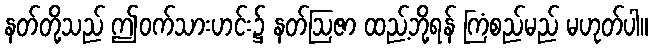
နတ်တို့သည် ဤဝက်သားဟင်း၌ နတ်ဩဇာ ထည့်ဘို့ရန် ကြံစည်မည် မဟုတ်ပါ။